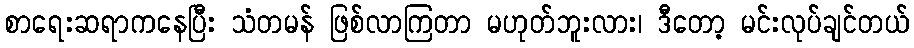
စာရေးဆရာကနေပြီး သံတမန် ဖြစ်လာကြတာ မဟုတ်ဘူးလား၊ ဒီတော့ မင်းလုပ်ချင်တယ်